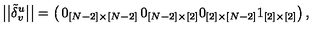
\big | \big | \tilde { \delta } _ { v } ^ { u } \big | \big | = \left( \begin{matrix} { 0 _ { [ N - 2 ] \times [ N - 2 ] } } & { 0 _ { [ N - 2 ] \times [ 2 ] } } \\ { 0 _ { [ 2 ] \times [ N - 2 ] } } & { 1 _ { [ 2 ] \times [ 2 ] } } \\ \end{matrix} \right) ,